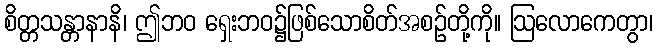
စိတ္တသန္တာနာနိ၊ ဤဘဝ ရှေးဘဝ၌ဖြစ်သောစိတ်အစဉ်တို့ကို။ ဩလောကေတွာ၊